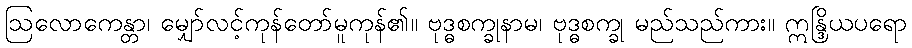
ဩလောကေန္တာ၊ မျှော်လင့်ကုန်တော်မူကုန်၏။ ဗုဒ္ဓစက္ခုနာမ၊ ဗုဒ္ဓစက္ခု မည်သည်ကား။ ဣန္ဒြိယပရော